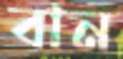
বান